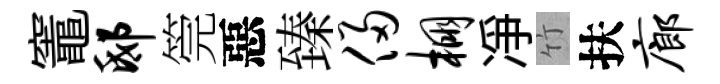
竈邸筦惡臻侵棚凈竹扶廊